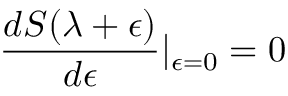
\frac { d S ( \lambda + \epsilon ) } { d \epsilon } \vert _ { \epsilon = 0 } = 0